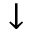
\downarrow